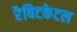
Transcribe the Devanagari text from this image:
रैबिटकेटल